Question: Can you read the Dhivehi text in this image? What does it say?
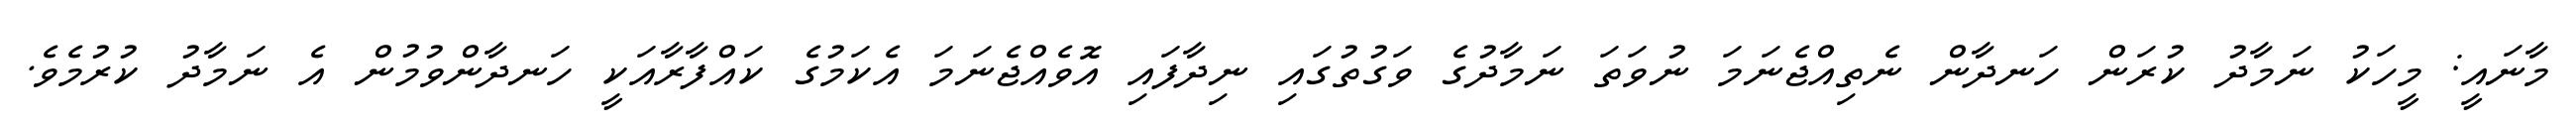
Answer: މާނައީ: މީހަކު ނަމާދު ކުރަން ހަނދާން ނެތިއްޖެނަމަ ނުވަތަ ނަމާދުގެ ވަގުތުގައި ނިދާފައި އޮވެއްޖެނަމަ އެކަމުގެ ކައްފާރާއަކީ ހަނދާންވުމުން އެ ނަމާދު ކުރުމެވެ.